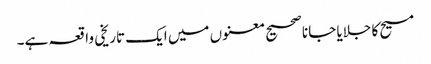
مسیح کا جلایا جانا صحیح معنوں میں ایک تاریخی واقعہ ہے۔